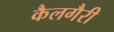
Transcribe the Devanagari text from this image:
कैलगैरी